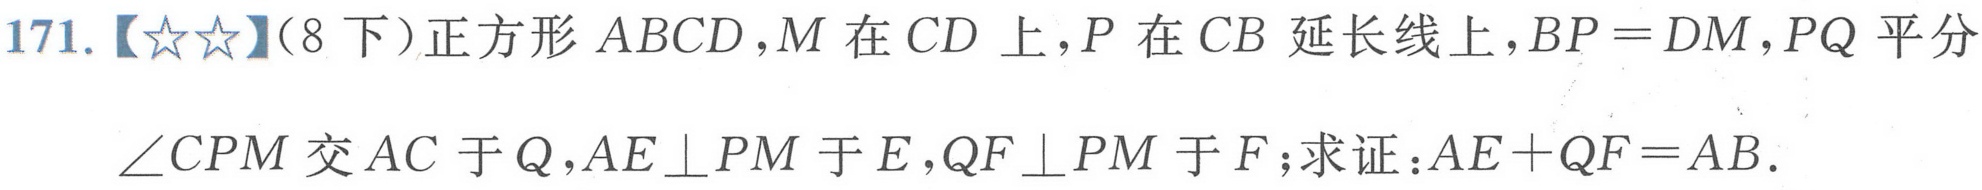
171.【★★】(8 下)正方形 \(ABCD\)，\(M\) 在 \(CD\) 上，\(P\) 在 \(CB\) 延长线上，\(BP = DM\)，\(PQ\) 平分\(\angle CPM\) 交 \(AC\) 于 \(Q\)，\(AE\perp PM\) 于 \(E\)，\(QF\perp PM\) 于 \(F\)；求证：\(AE + QF = AB\).